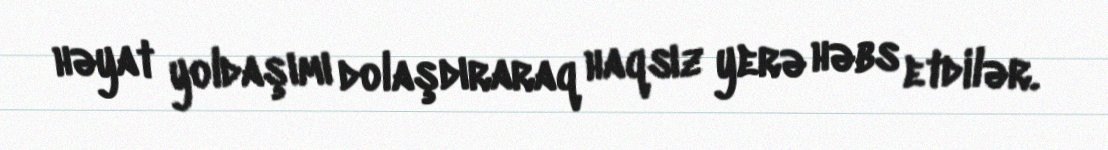
həyat yoldaşımı dolaşdıraraq haqsız yerə həbs etdilər.